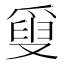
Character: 𤔣